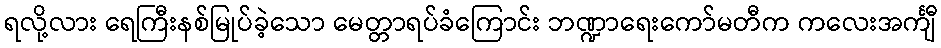
ရလို့လား ရေကြီးနစ်မြုပ်ခဲ့သော မေတ္တာရပ်ခံကြောင်း ဘဏ္ဍာရေးကော်မတီက ကလေးအင်္ကျီ